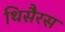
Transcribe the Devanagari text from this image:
थिसैरस